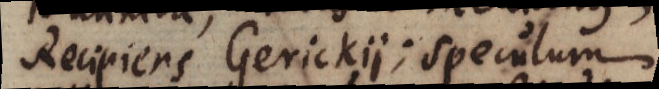
Recipiens Gerickii; speculum